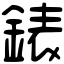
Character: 錶